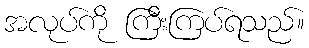
အလုပ်ကို ကြီးကြပ်ရသည်။